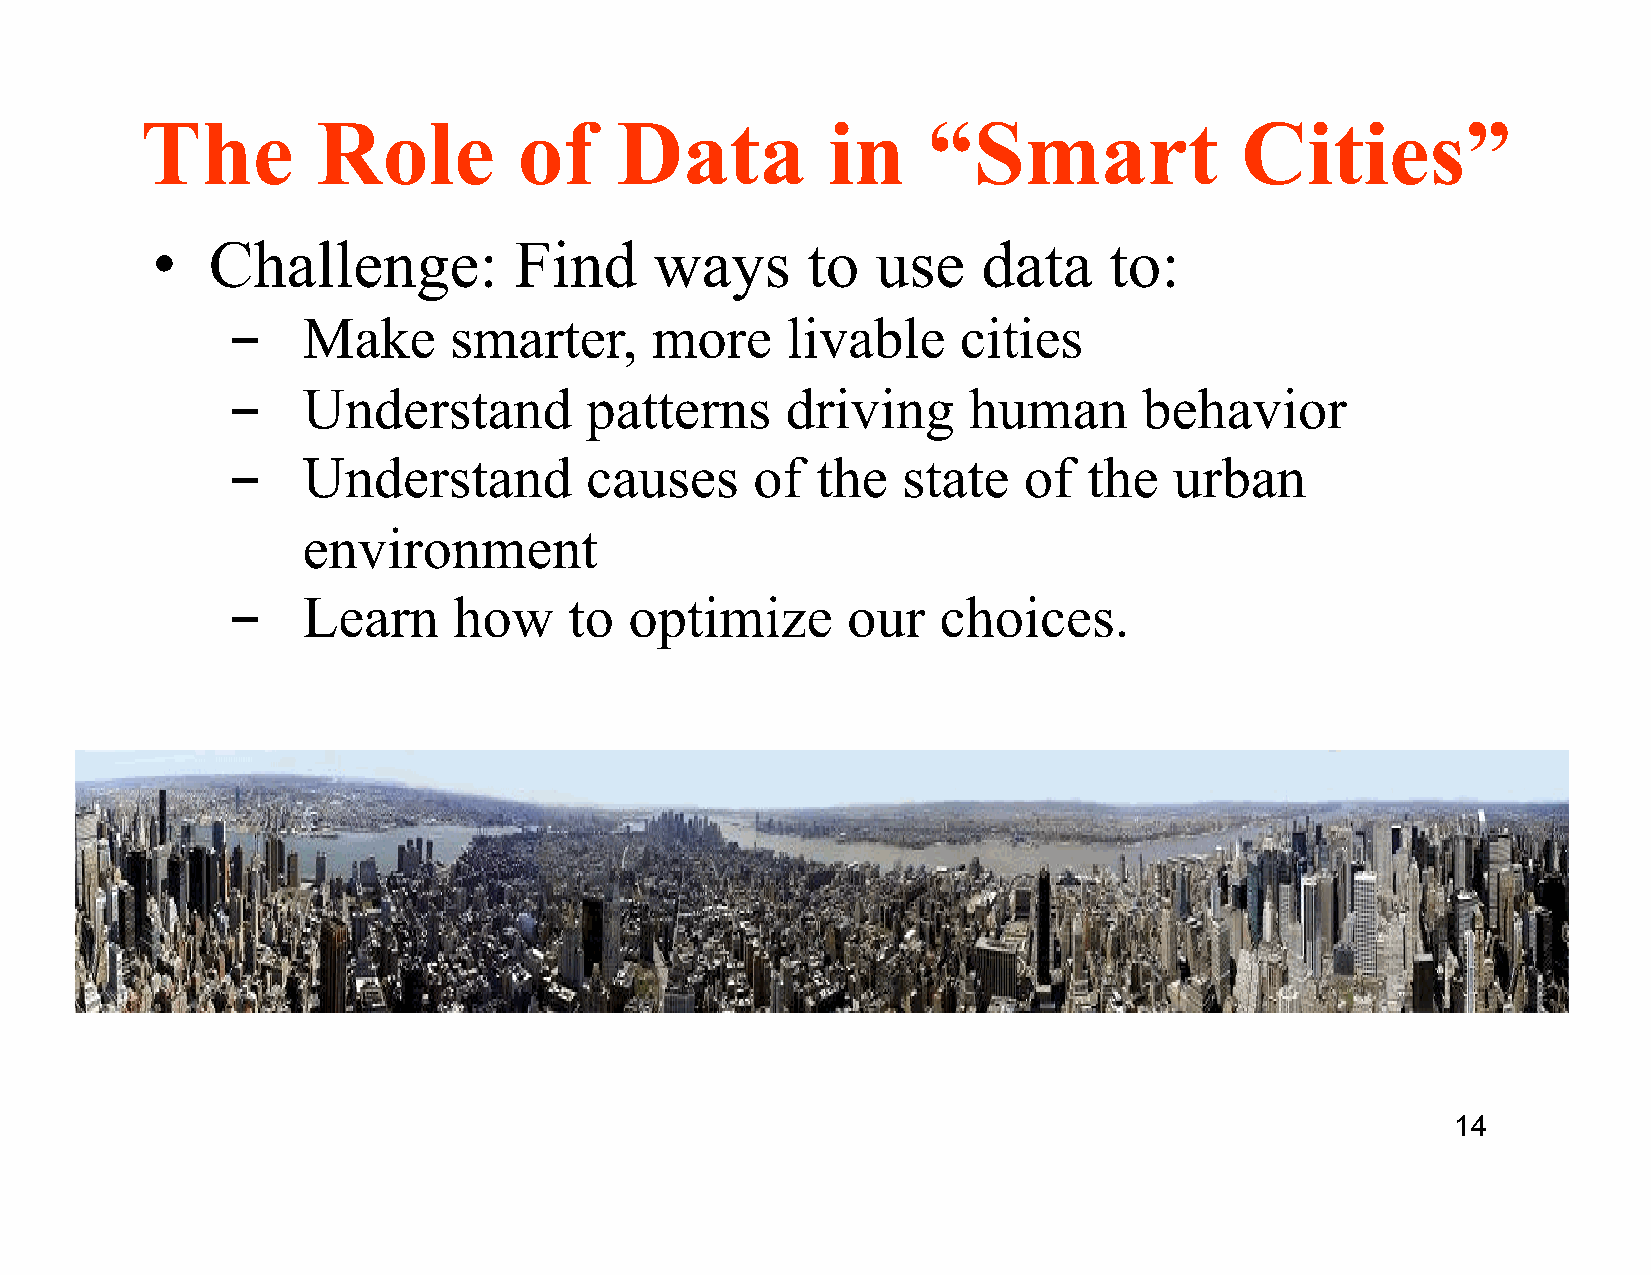
The         Role         of     Data          in    “Smart               Cities”
 •   Challenge:          Find     ways      to   use    data    to:
 ­    Make      smarter,     more     livable     cities
 ­    Understand         patterns     driving     human       behavior
 ­    Understand         causes     of  the   state   of  the   urban
 environment
 ­    Learn     how     to  optimize      our   choices.
 14